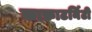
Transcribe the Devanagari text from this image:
काफ्राटर्निटी